Civil Veterinary Dept. North-West Frontier Province 1901-22 - 1901-1922
Year: 1901
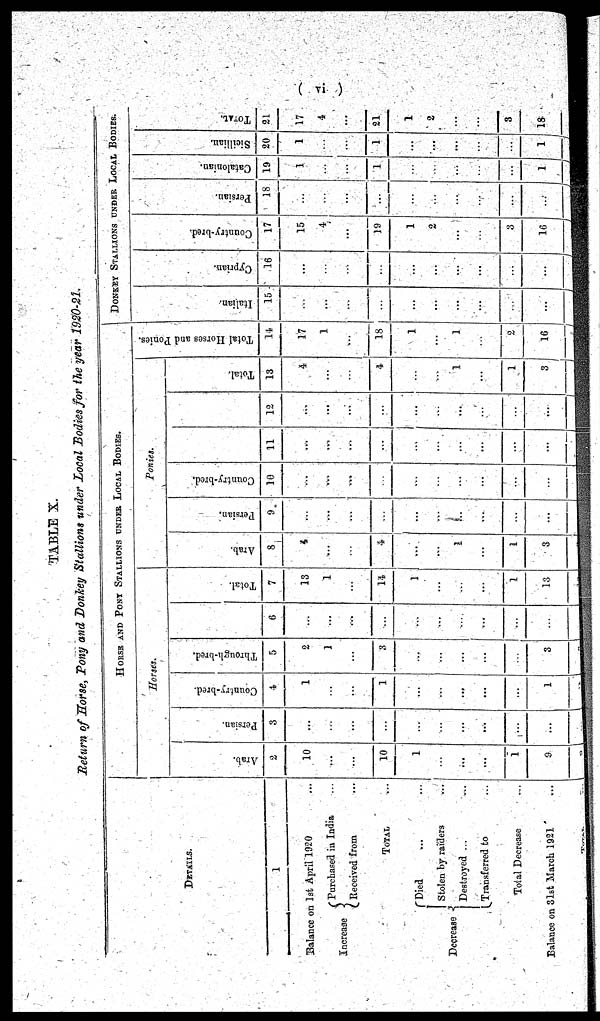
(vi)
TABLE X.
Return of Horse, Tony and Donkey Stallions under Local Bodies for the year 1920-21.
DETAILS.
1
Balance on 1st April 1920 ...
Increase
Purchased in India ...
Received from ...
TOTAL ...
Decrease
Died ... ...
Stolen by raiders
...
Destroyed ...
...
Transferred to
...
Total Decrease ...
Balance on 31st March 1921 ...
HORSE AND PONY STALLIONS UNDER LOCAL BODIES.
Horses.
Arab.
2
10
...
...
10
1
...
...
...
1
9
Persian.
3
...
...
...
...
...
...
...
...
...
...
Country-bred.
*
4
1
...
...
1
...
...
....
...
...
1
Through-bred.
5
2
1
...
3
...
...
...
...
...
3
6
...
...
...
...
...
...
...
...
...
...
Total.
7
13
1
...
14
1
...
...
...
1
13
Ponies.
Arab.
8
4
...
...
4
...
...
1
...
1
3
Persian.
9
...
...
...
...
...
...
......
...
...
...
Country-bred.
10
...
...
...
...
...
...
...
...
...
...
11
...
...
...
...
...
...
...
...
...
...
12
...
...
...
...
...
...
...
...
...
...
Total.
13
4
...
...
4
...
...
1
...
1
3
Total Horses and Ponies.
14
17
1
...
18
1
...
1
...
2
16
DONKEY STALLIONS UNDER LOCAL BODIES.
I t al i an.
15
...
...
...
...
...
...
...
...
...
...
Cypr i
an.
16
...
...
...
...
...
...
...
...
...
...
Count r
y- br e d.
17
15
4
...
19
1
2
...
...
3
16
Per si an.
18
...
...
...
...
...
...
...
...
...
...
Cat al oni an.
19
1
...
...
1
...
...
...
...
...
1
Si ci l l i an.
20
1
...
...
1
...
...
...
...
...
1
TOTAL.
21
17
4
...
21
1
2
...
...
3
18